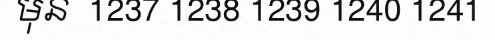
មុន  1237 1238 1239 1240 1241